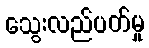
သွေးလည်ပတ်မှု